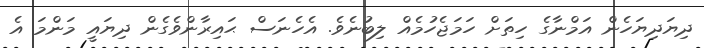
ދިޔަދިޔަހެން އަމްނާގެ ހިތަށް ހަމަޖެހުމެއް ލިބުނެވެ. އެހެނަސް ޙައިރާންވެގެން ދިޔައީ މަންމަ އެ